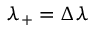
\lambda _ { + } = \Delta \lambda